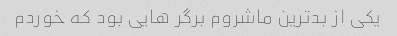
یکی از بدترین ماشروم برگر هایی بود که خوردم